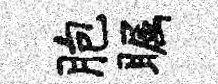
胞瞩